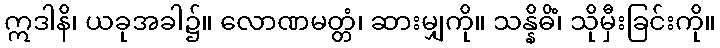
ဣဒါနိ၊ ယခုအခါ၌။ လောဏမတ္တံ၊ ဆားမျှကို။ သန္နိဓိံ၊ သိုမှီးခြင်းကို။